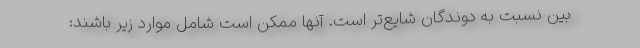
بین نسبت به دوندگان شایع‌تر است. آنها ممکن است شامل موارد زیر باشند: